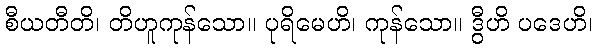
စီယတီတိ၊ တိဟူကုန်သော။ ပုရိမေဟိ၊ ကုန်သော။ ဒွီဟိ ပဒေဟိ၊